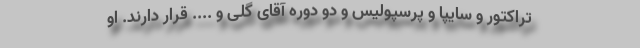
تراکتور و سایپا و پرسپولیس و دو دوره آقای گلی و .... قرار دارند. او